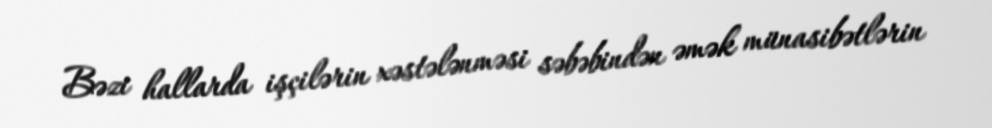
Bəzi hallarda işçilərin xəstələnməsi səbəbindən əmək münasibətlərin